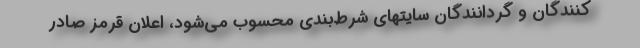
‌کنندگان و گردانندگان سایتهای شرط‌بندی محسوب می‌شود، اعلان قرمز صادر